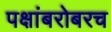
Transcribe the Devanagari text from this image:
पक्षांबरोबरच